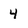
Character: 4